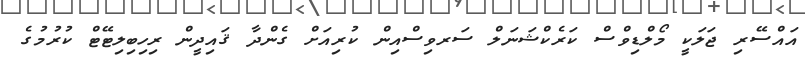
އައްސޭރި ޖަލަކީ މޯލްޑިވްސް ކަރެކްޝަނަލް ސަރވިސްއިން ކުރިއަށް ގެންދާ ޤައިދީން ރިހިބިލިޓޭޓް ކުރުމުގެ